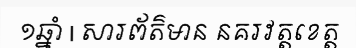
១ឆ្នាំ | សារព័ត៌មាន នគរវត្តខេត្ត